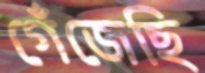
গেঁজেছি